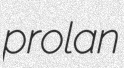
prolan